Annual report on the working of the mental hospitals in the Madras Presidency - 1912-1932
Year: 1912
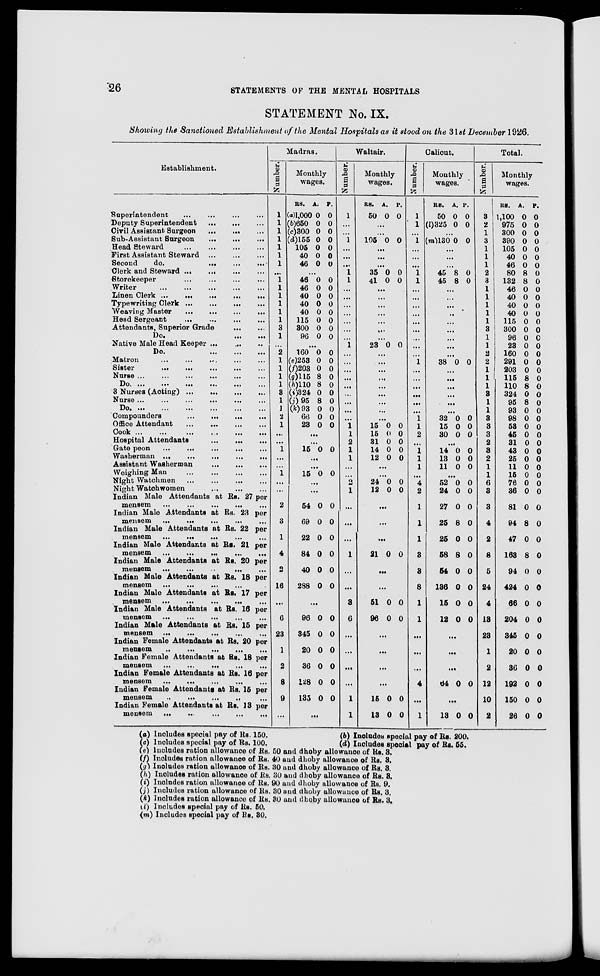
26
STATEMENTS OF THE MENTAL HOSPITALS
STATEMENT No. IX.
Showing the Sanctioned Establishment of the Mental Hospitals as it stood on the 31st December 1926.
Establishment.
Superintendent ... ... ... ...
Deputy Superintendent
...
...
...
Civil Assistant Surgeon
...
...
...
Sub-Assistant Surgeon
...
...
...
Head Steward ... ... ... ...
First Assistant Steward
...
...
...
Second
do.
...
...
...
Clerk and Steward
...
...
...
...
Storekeeper
... ... ... ...
Writer ... ... ... ... ...
Linen Clerk
...
...
...
...
...
Typewriting Clerk
...
...
...
...
Weaving Master
...
...
...
...
Head Sergeant
...
...
...
...
Attendants, Superior Grade
...
...
Do.
...
...
Native Male Head Keeper
...
...
...
Do.
...
...
...
Matron
...
... ... ... ...
Sister
...
...
...
... ...
Nurse ...
...
...
...
...
...
Do. ...
...
...
...
...
...
3 Nurses (Acting)
...
...
...
...
Nurse ...
...
...
... ... ...
Do. ... ...
...
...
... ...
Compounders
...
...
...
...
Office Attendant
...
...
...
...
Cook ...
...
...
...
...
...
Hospital Attendants
...
...
...
Gate peon
...
...
...
...
...
Washerman ...
...
...
...
...
Assistant Washerman
...
...
...
Weighing Man
...
...
...
...
Night Watchmen
...
...
...
...
Night Watchwomen
...
...
...
Indian Male Attendants at Rs. 27 per
mensem
...
...
...
... ...
Indian Male Attendants at Rs. 23 per
mensem
...
...
...
...
...
Indian Male Attendants at Rs. 22 per
mensem
...
... ... ... ...
Indian Male Attendants at Rs. 21 per
mensem
...
...
...
...
...
Indian Male Attendants at Rs. 20 per
mensem
...
...
...
... ...
Indian Male Attendants at Rs. 18 per
mensem
...
...
...
... ...
Indian Male Attendants at Rs. 17 per
mensem ...
...
...
... ...
Indian Male Attendants at Rs. 16 per
mensem ...
...
... ... ...
Indian Male Attendants at Rs. 15 per
mensem
...
...
...
...
...
Indian Female Attendants at Rs. 20 per
mensem
...
...
...
...
...
Indian Female Attendants at Rs. 18 per
mensem
...
...
...
... ...
Indian Female Attendants at Rs. 16 per
mensem
...
...
...
... ...
Indian Female Attendants at Rs. 15 per
mensem
...
...
... ... ...
Indian Female Attendants at Rs. 13 per
mensem
...
...
...
...
...
Madras.
Number.
1
1
1
1
1
1
1
...
1
1
1
1
1
1
3
1
...
2
1
1
1
1
3
1
1
2
1
...
...
1
...
...
1
...
...
2
3
1
4
2
16
...
6
23
1
2
8
9
...
Monthly
wages.
RS.
(a) 1,000
(b)650
(c)300
(d)155
105
40
46
A.
0
0
0
0
0
0
0
P.
0
0
0
0
0
0
0
...
46
46
40
40
40
115
300
96
0
0
0
0
0
0
0
0
0
0
0
0
0
0
0
0
...
160
(e)253
(f)203
(g)115
(h)110
(i)324
(j) 95
(k)93
66
23
0
0
0
8
8
0
8
0
0
0
0
0
0
0
0
0
0
0
0
0
...
...
15 0 0
...
...
15 0 0
...
...
54
69
22
84
40
288
0
0
0
0
0
0
0
0
0
0
0
0
...
96
345
20
36
128
135
0
0
0
0
0
0
0
0
0
0
0
0
...
Waltair.
Number.
1
...
...
1
...
...
...
1
1
...
...
...
...
...
...
...
1
...
...
...
...
...
...
...
...
...
1
1
2
1
1
...
...
2
1
...
...
...
1
...
...
3
6
...
...
...
...
1
1
Monthly
wages.
RS.
50
A.
0
P.
0
...
...
105 0 0
...
...
...
35
41
0
0
0
0
...
...
...
...
...
...
...
23 0 0
...
...
...
...
...
...
...
...
...
15
15
31
14
12
0
0
0
0
0
0
0
0
0
0
...
...
24
12
0
0
0
0
...
...
...
21 0 0
...
...
51
96
0
0
0
0
...
...
...
...
15
13
0
0
0
0
Calicut.
Number.
1
1
...
1
...
...
...
1
1
...
...
...
...
...
...
...
...
...
1
...
...
...
...
...
...
1
1
2
...
1
1
1
...
4
2
1
1
1
3
3
8
1
1
...
...
...
4
...
1
Monthly
wages.
RS.
50
(l)325
A.
0
0
P.
0
0
...
(m)130 0 0
...
...
...
45
45
8
8
0
0
...
...
...
...
...
...
...
...
...
38 0 0
...
...
...
...
...
...
32
15
30
0
0
0
0
0
0
...
14
13
11
0
0
0
0
0
0
...
52
24
27
25
25
58
54
136
15
12
0
0
0
8
0
8
0
0
0
0
0
0
0
0
0
0
0
0
0
0
...
...
...
64 0 0
...
13 0 0
Total.
Number.
3
2
1
3
1
1
1
2
3
1
1
1
1
1
3
1
1
2
2
1
1
1
3
1
1
3
3
3
2
3
2
1
1
6
3
3
4
2
8
5
24
4
13
23
1
2
12
10
2
Monthly
wages.
RS.
1,100
975
300
390
105
40
46
80
132
46
40
40
40
115
300
96
23
160
291
203
115
110
324
95
93
98
53
45
31
43
25
11
15
76
36
81
94
47
168
94
424
66
204
345
20
36
192
150
26
A.
0
0
0
0
0
0
0
8
8
0
0
0
0
0
0
0
0
0
0
0
8
8
0
8
0
0
0
0
0
0
0
0
0
0
0
0
8
0
8
0
0
0
0
0
0
0
0
0
0
P.
0
0
0
0
0
0
0
0
0
0
0
0
0
0
0
0
0
0
0
0
0
0
0
0
0
0
0
0
0
0
0
0
0
0
0
0
0
0
0
0
0
0
0
0
0
0
0
0
0
(a) Includes special pay of Rs. 150.
(b) Includes special pay of Rs. 200.
(c) Includes special pay of Rs. 100.
(d) Includes special pay of Rs. 55.
(e) Includes ration allowance of Rs. 50 and dhoby allowance of Rs. 3.
(f) Includes ration allowance of Rs. 40 and dhoby allowance of Rs. 3.
(g) Includes ration allowance of Rs. 30 and dhoby allowance of Rs. 3.
(h) Includes ration allowance of Rs. 30 and dhoby allowance of Rs. 3.
(i) Includes ration allowance of Rs. 90 and dhoby allowance of Rs. 9.
(j) Includes ration allowance of Rs. 30 and dhoby allowance of Rs. 3.
(k) Includes ration allowance of Rs. 30 and dhoby allowance of Rs. 3.
(l) Includes special pay of Rs. 50.
(m) Includes special pay of Rs. 30.